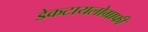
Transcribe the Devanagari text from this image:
डेकटायलोग्राफी